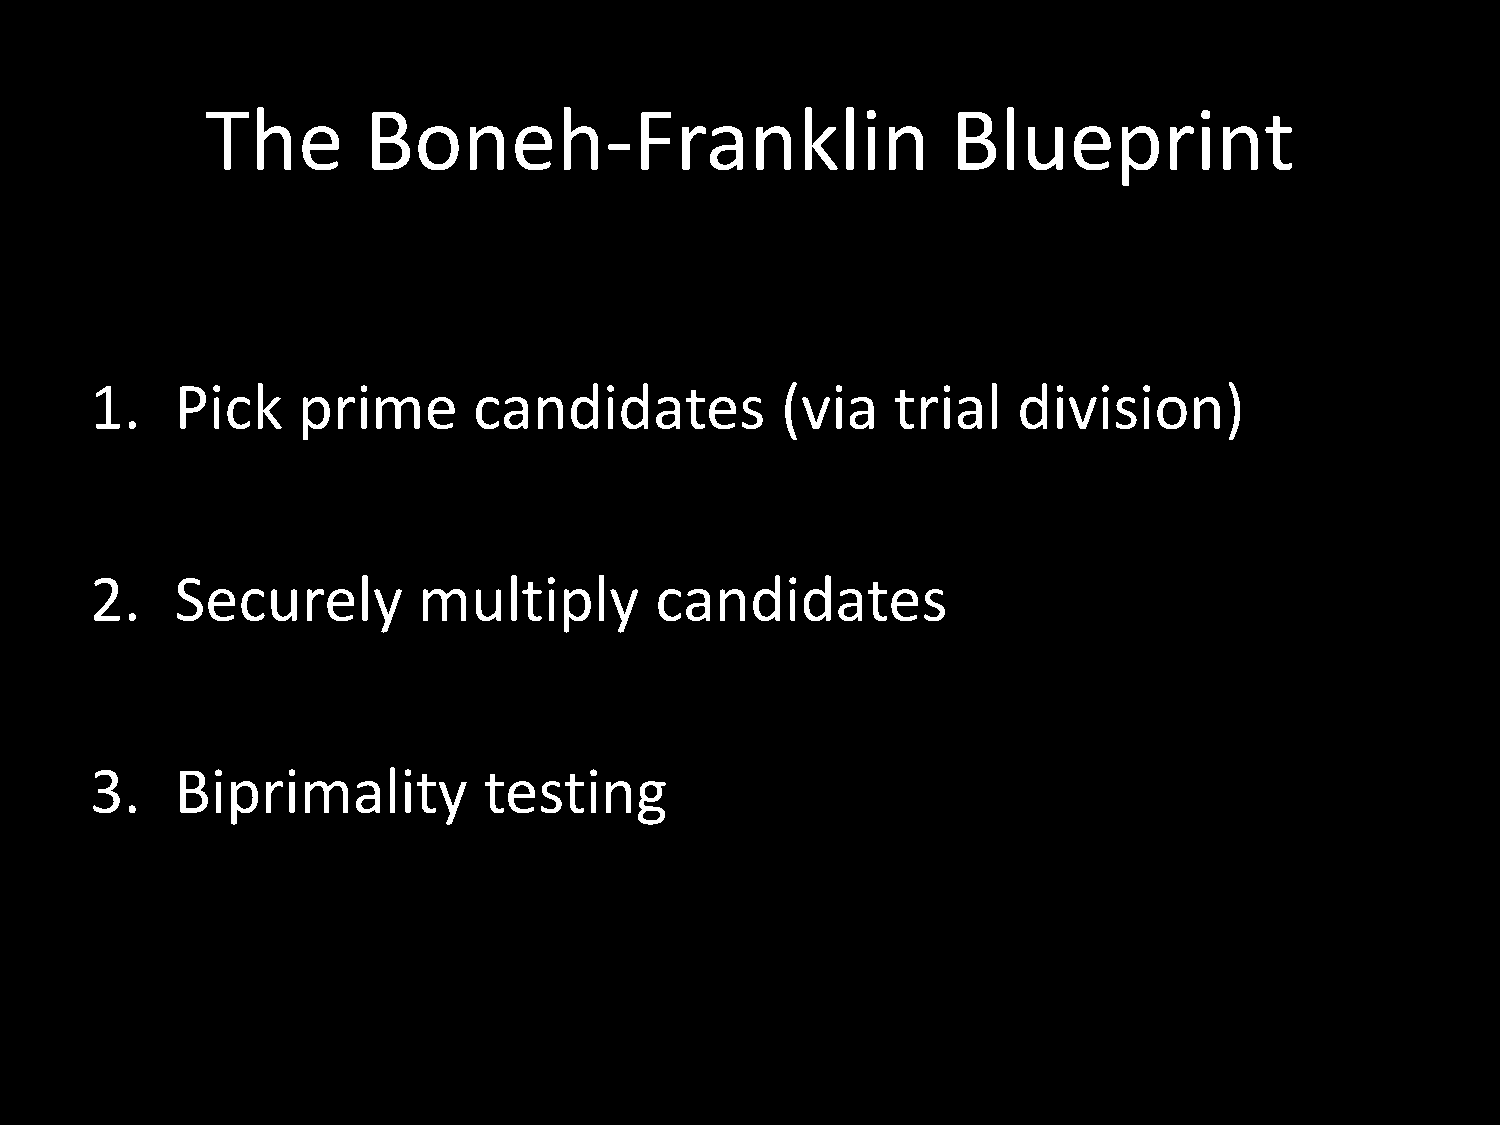
The       Boneh-Franklin                         Blueprint
 1.    Pick    prime      candidates           (via   trial   division)
 2.    Securely        multiply       candidates
 3.    Biprimality         testing